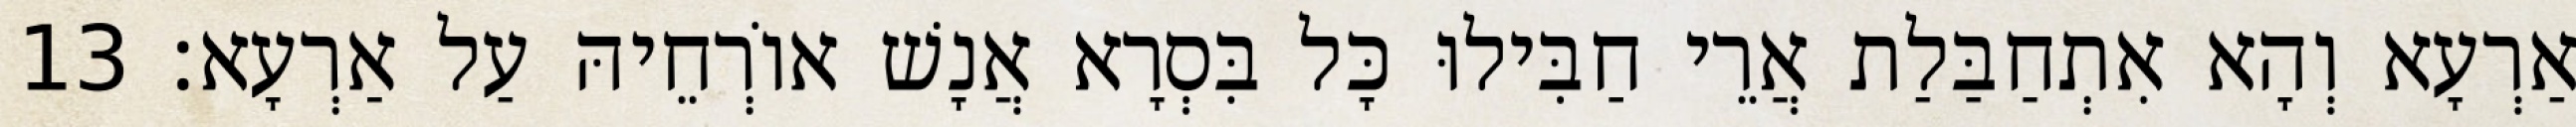
אַרְעָא וְהָא אִתְחַבַּלַת אֲרֵי חַבִּילוּ כָּל בִּסְרָא אֲנָשׁ אוֹרְחֵיהּ עַל אַרְעָא׃ 13